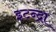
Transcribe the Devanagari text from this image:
इटन्द्रा